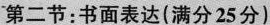
第二节：书面表达(满分25分)